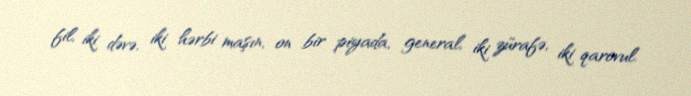
fil, iki dəvə, iki hərbi maşın, on bir piyada, general, iki zürafə, iki qarovul.